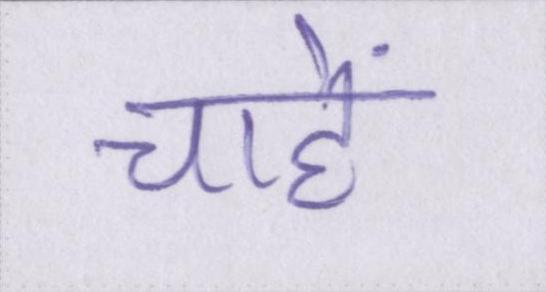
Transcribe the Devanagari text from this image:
चाहें